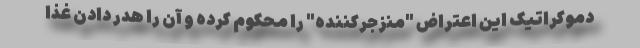
دموکراتیک این اعتراض "منزجرکننده" را محکوم کرده و آن را هدر دادن غذا